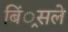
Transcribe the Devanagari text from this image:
बिं्रसले